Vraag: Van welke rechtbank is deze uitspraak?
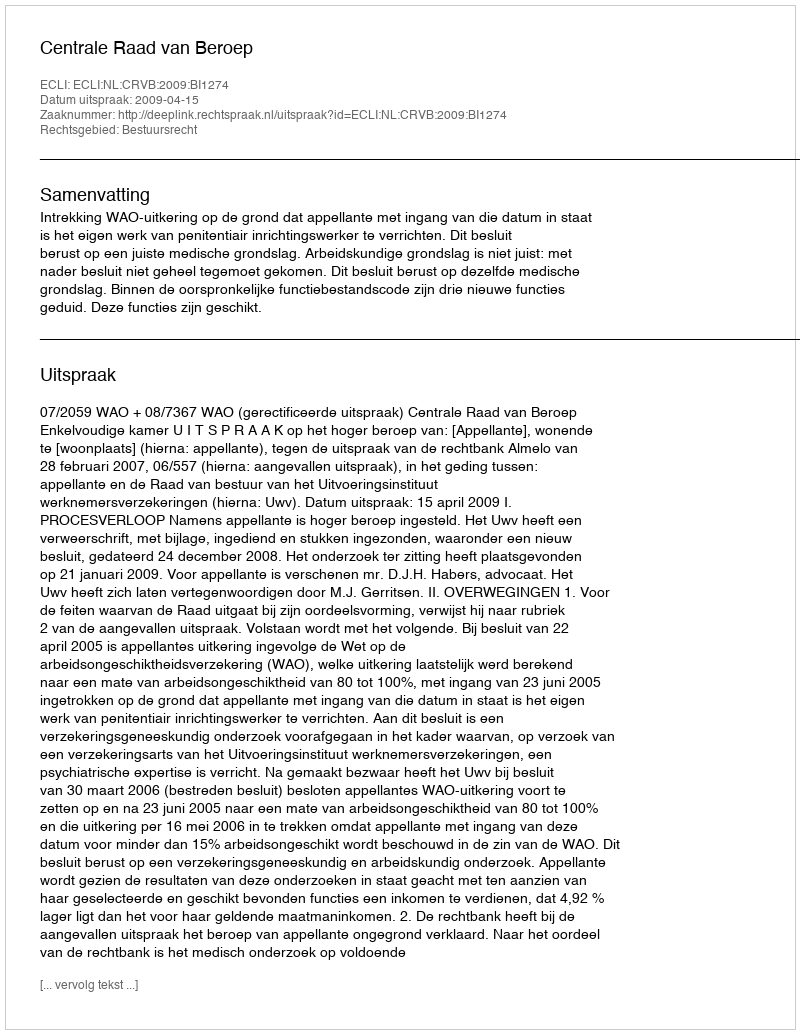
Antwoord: Centrale Raad van Beroep